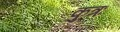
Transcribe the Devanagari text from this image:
कुत्रः